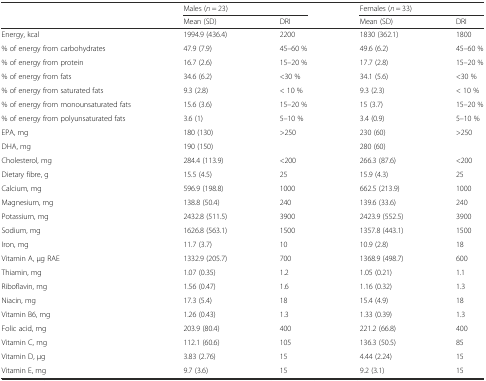
<table><thead><tr><td></td><td colspan="2"><b>Males (<i>n</i> = 23)</b></td><td colspan="2"><b>Females (<i>n</i> = 33)</b></td></tr><tr><td></td><td><b>Mean (SD)</b></td><td><b>DRI</b></td><td><b>Mean (SD)</b></td><td><b>DRI</b></td></tr></thead><tbody><tr><td>Energy, kcal</td><td>1994.9 (436.4)</td><td>2200</td><td>1830 (362.1)</td><td>1800</td></tr><tr><td>% of energy from carbohydrates</td><td>47.9 (7.9)</td><td>45–60 %</td><td>49.6 (6.2)</td><td>45–60 %</td></tr><tr><td>% of energy from protein</td><td>16.7 (2.6)</td><td>15–20 %</td><td>17.7 (2.8)</td><td>15–20 %</td></tr><tr><td>% of energy from fats</td><td>34.6 (6.2)</td><td>&lt;30 %</td><td>34.1 (5.6)</td><td>&lt;30 %</td></tr><tr><td>% of energy from saturated fats</td><td>9.3 (2.8)</td><td>&lt; 10 %</td><td>9.3 (2.3)</td><td>&lt; 10 %</td></tr><tr><td>% of energy from monounsaturated fats</td><td>15.6 (3.6)</td><td>15–20 %</td><td>15 (3.7)</td><td>15–20 %</td></tr><tr><td>% of energy from polyunsaturated fats</td><td>3.6 (1)</td><td>5–10 %</td><td>3.4 (0.9)</td><td>5–10 %</td></tr><tr><td>EPA, mg</td><td>180 (130)</td><td rowspan="2">&gt;250</td><td>230 (60)</td><td rowspan="2">&gt;250</td></tr><tr><td>DHA, mg</td><td>190 (150)</td><td>280 (60)</td></tr><tr><td>Cholesterol, mg</td><td>284.4 (113.9)</td><td>&lt;200</td><td>266.3 (87.6)</td><td>&lt;200</td></tr><tr><td>Dietary fibre, g</td><td>15.5 (4.5)</td><td>25</td><td>15.9 (4.3)</td><td>25</td></tr><tr><td>Calcium, mg</td><td>596.9 (198.8)</td><td>1000</td><td>662.5 (213.9)</td><td>1000</td></tr><tr><td>Magnesium, mg</td><td>138.8 (50.4)</td><td>240</td><td>139.6 (33.6)</td><td>240</td></tr><tr><td>Potassium, mg</td><td>2432.8 (511.5)</td><td>3900</td><td>2423.9 (552.5)</td><td>3900</td></tr><tr><td>Sodium, mg</td><td>1626.8 (563.1)</td><td>1500</td><td>1357.8 (443.1)</td><td>1500</td></tr><tr><td>Iron, mg</td><td>11.7 (3.7)</td><td>10</td><td>10.9 (2.8)</td><td>18</td></tr><tr><td>Vitamin A, μg RAE</td><td>1332.9 (205.7)</td><td>700</td><td>1368.9 (498.7)</td><td>600</td></tr><tr><td>Thiamin, mg</td><td>1.07 (0.35)</td><td>1.2</td><td>1.05 (0.21)</td><td>1.1</td></tr><tr><td>Riboflavin, mg</td><td>1.56 (0.47)</td><td>1.6</td><td>1.16 (0.32)</td><td>1.3</td></tr><tr><td>Niacin, mg</td><td>17.3 (5.4)</td><td>18</td><td>15.4 (4.9)</td><td>18</td></tr><tr><td>Vitamin B6, mg</td><td>1.26 (0.43)</td><td>1.3</td><td>1.33 (0.39)</td><td>1.3</td></tr><tr><td>Folic acid, mg</td><td>203.9 (80.4)</td><td>400</td><td>221.2 (66.8)</td><td>400</td></tr><tr><td>Vitamin C, mg</td><td>112.1 (60.6)</td><td>105</td><td>136.3 (50.5)</td><td>85</td></tr><tr><td>Vitamin D, μg</td><td>3.83 (2.76)</td><td>15</td><td>4.44 (2.24)</td><td>15</td></tr><tr><td>Vitamin E, mg</td><td>9.7 (3.6)</td><td>15</td><td>9.2 (3.1)</td><td>15</td></tr></tbody></table>